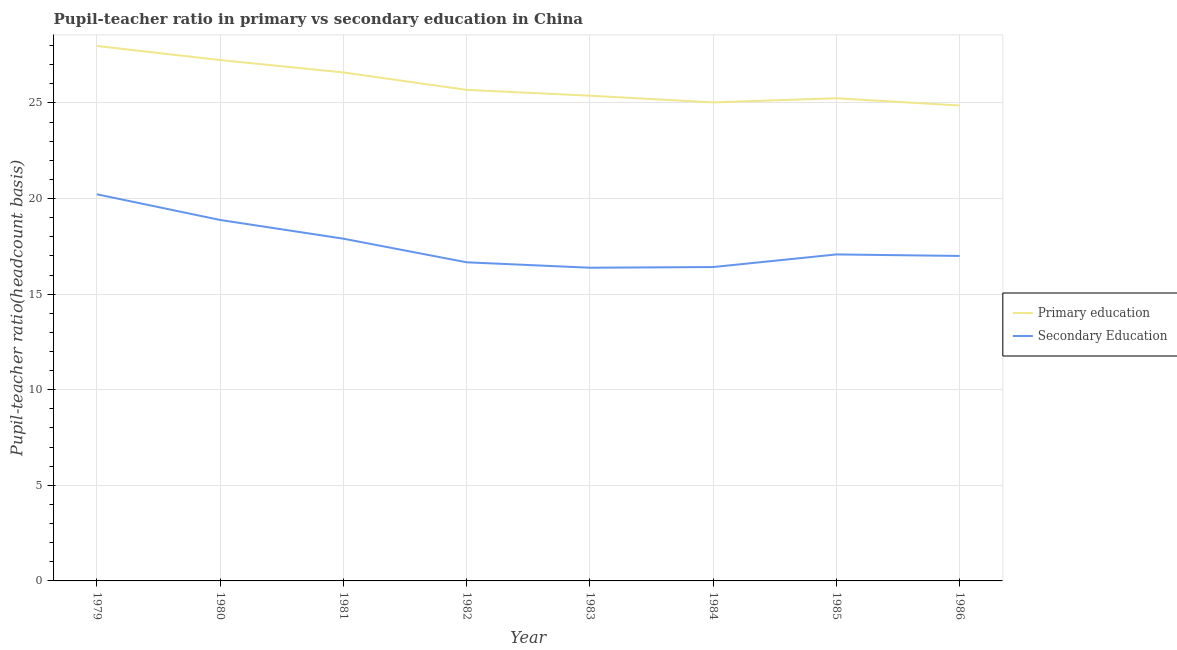
| Year | Primary education | Secondary Education |
 | --- | --- | --- |
 | 1979 | 28 | 20.2 |
 | 1980 | 27.2 | 18.9 |
 | 1981 | 26.6 | 17.9 |
 | 1982 | 25.7 | 16.7 |
 | 1983 | 25.4 | 16.4 |
 | 1984 | 25 | 16.4 |
 | 1985 | 25.2 | 17.1 |
 | 1986 | 24.9 | 17 |